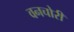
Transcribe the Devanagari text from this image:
वनचोरी